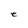
Character: e